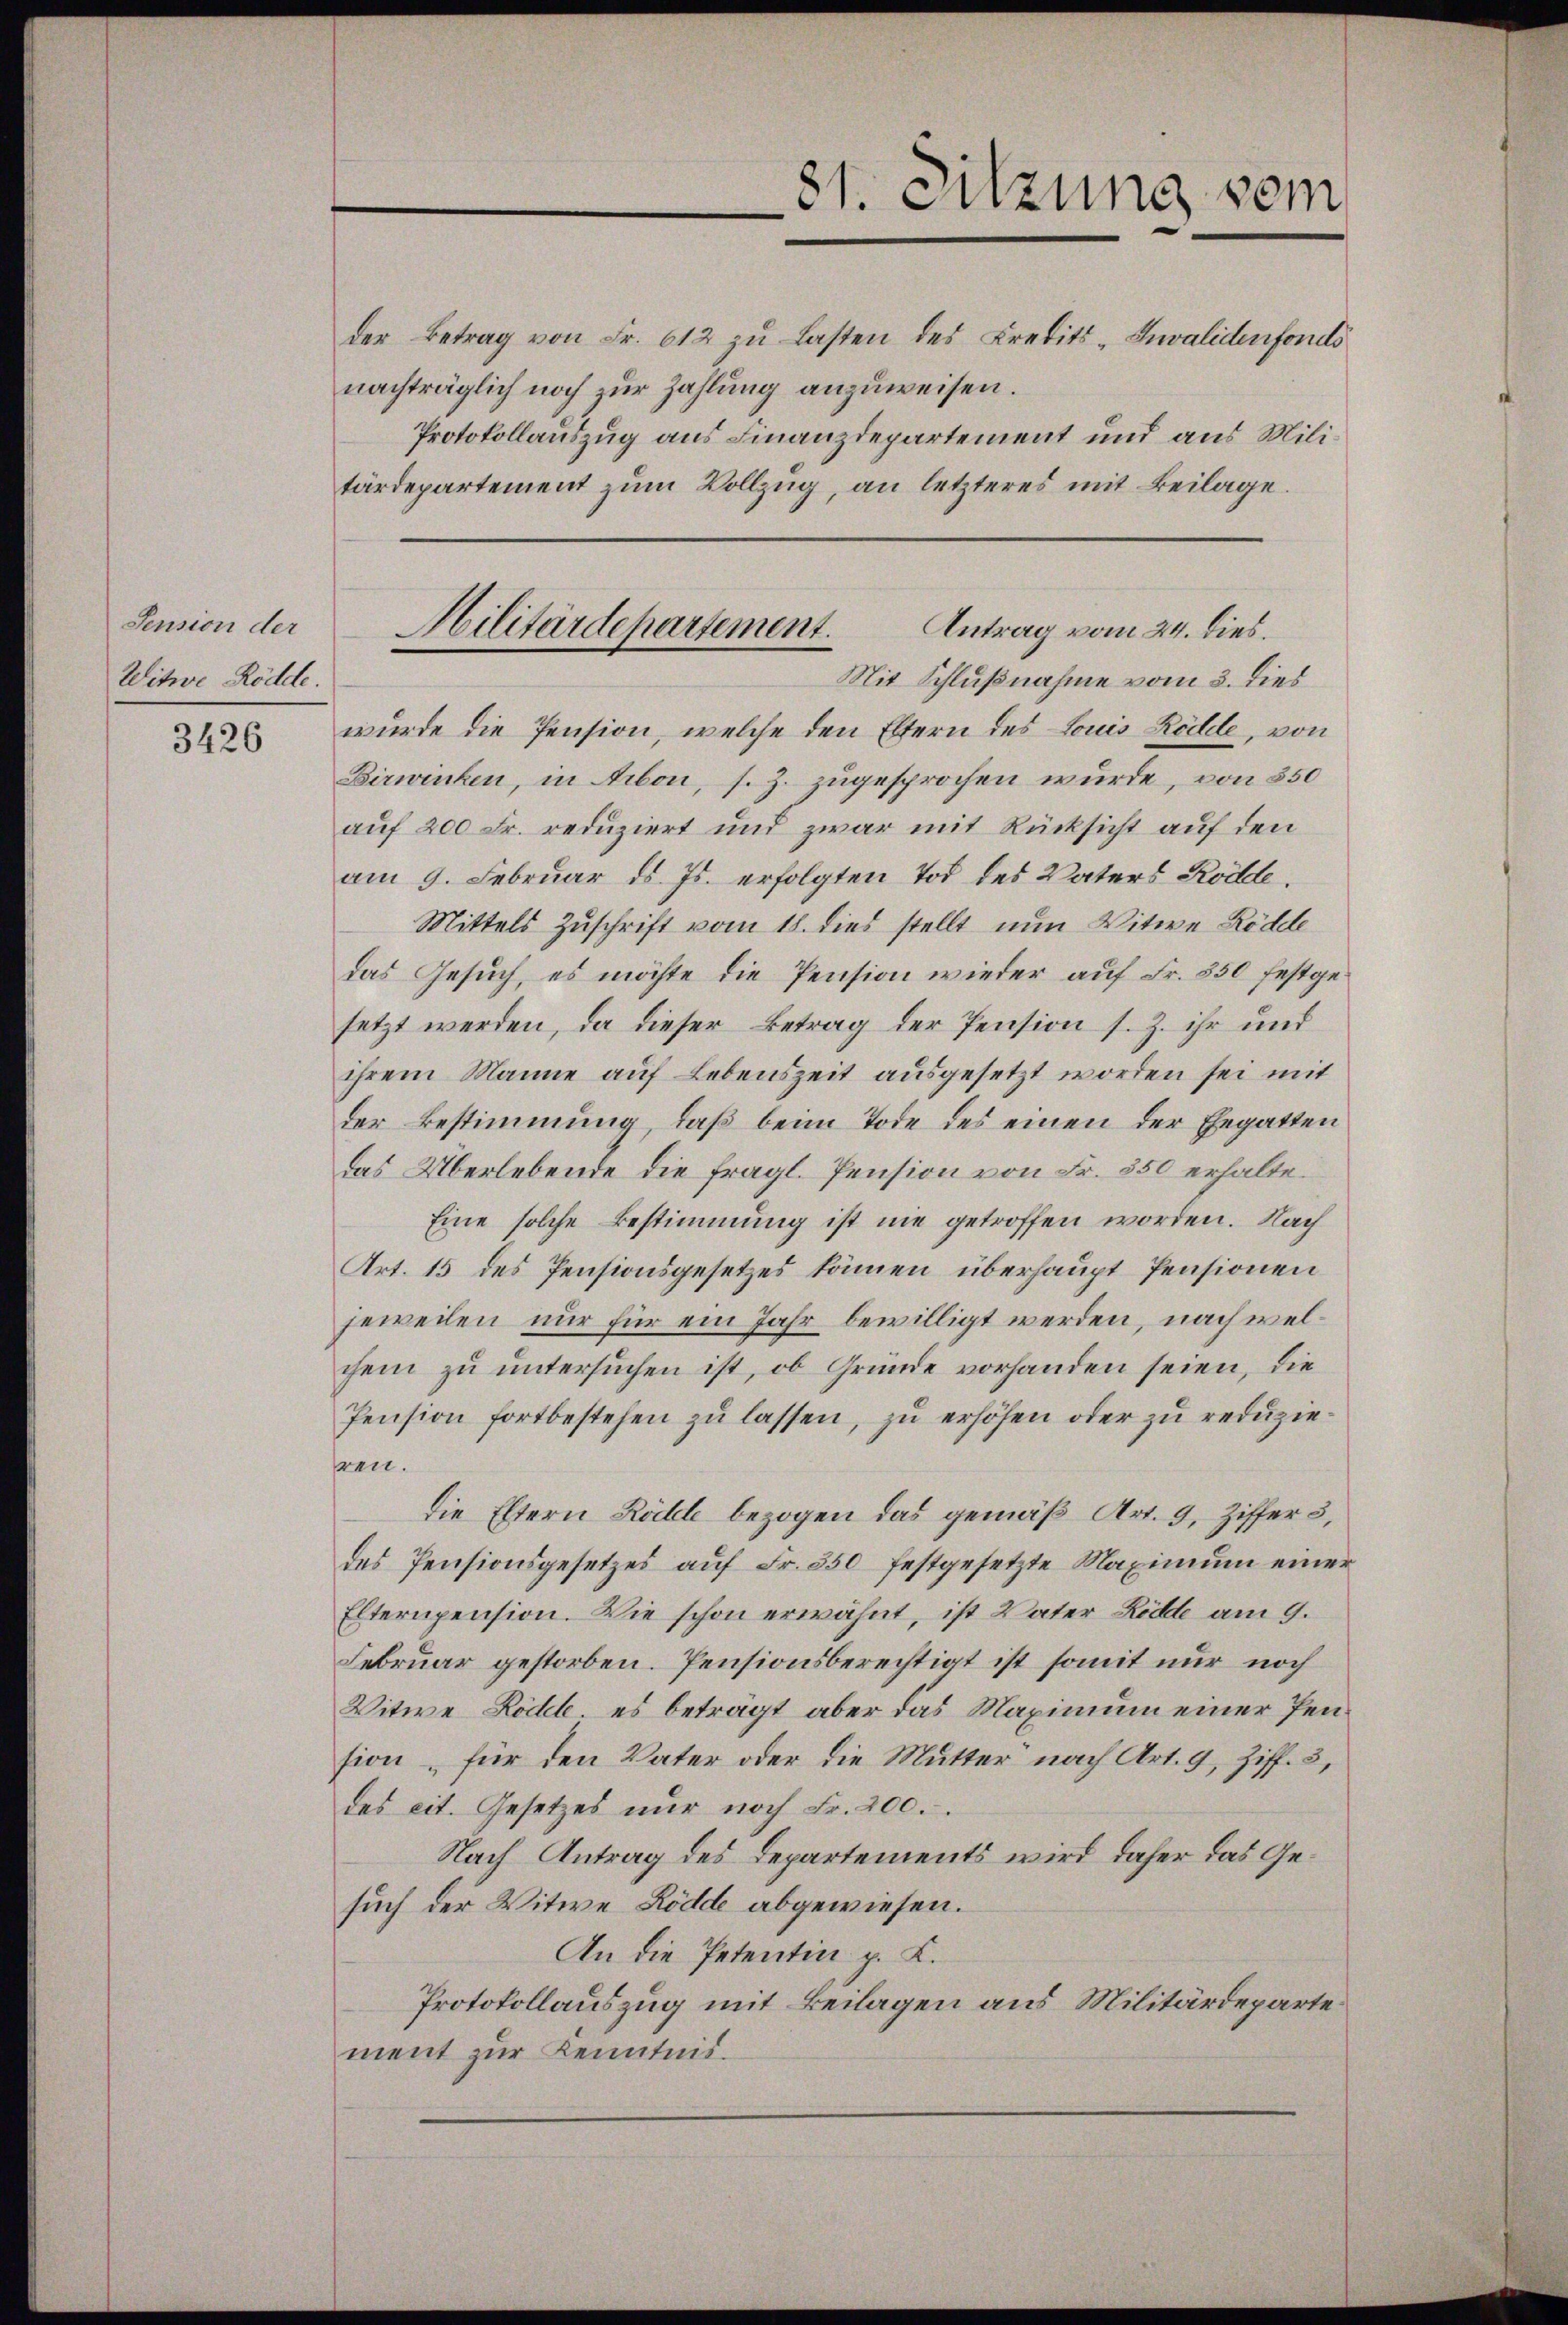
Pension der
Witwe Rödde.

3426

der Betrag von Fr. 612 zu Lasten des Credits-Invalidenfonds
nachträglich noch zur Zahlung anzuweisen.
Protokollauszug aus Finanzdepartement und aus Militärdepartement zŭm Vollzug, an letzteres mit Beilage.
wurde die Pension, welche den Eltern des Louis Rödde, von
Birwinken, in Arbon, s. Z. zugesprochen wurde, von 350
auf 200 Fr. reduziert und zwar mit Rücksicht auf den
am 9. Februar d. Js. erfolgten Tod des Vaters Kölde.
Mittels Zuschrift vom 18. dies stellt nun Witwe Rödde
das Gesuch, es möchte die Pension wieder auf Fr. 350 festgesetzt werden, da dieser Betrag der Pension s. Z. ihr und
ihrem Manne auf Lebenszeit ausgesetzt worden sei mit
der Bestimmung, daß beim Tode des einen der Ehegatten
Das Überlebende die fragl. Pension von Fr. 350 erhalte¬
Eine solche Bestimmung ist nie getroffen worden. Nach
Art. 15 des Pensionsgesetzes können überhaupt Pensionen
jeweilen nur für ein Jahr bewilligt werden, nach welchem zu untersuchen ist, ob Gründe vorhanden seien, die
Pension fortbestehen zŭ lassen, zu erhöhen oder zu reduziehren.
die Eltern Röhle bezogen das gemäß Art. 9, Ziffer 3,
des Pensionsgesetzes aŭf Fr. 350 festgesetzte Maximum einer
Elternpension. Wie schon erwähnt, ist Vater Röde am 9.
Februar gestorben. Pensionsberechtigt ist somit nur noch
Witwe Rödel, es beträgt aber das Maximum einer Pension für den Vater oder die Mutter nach Art. 9, Ziff. 3,
des cit. Gesetzes nur noch Fr. 200.
Nach Antrag des Departements wird daher das Gesuch der Witwe Rödde abgewiesen.
An die Petentin, z. K.
Protokollauszug mit Beilagen aus Militärdeparte
ment zur Kenntnis.

81. Sitzung vom

Antrag vom 24. dies.
Militärdepartement.
Mit Schlußnahme vom 3. dies